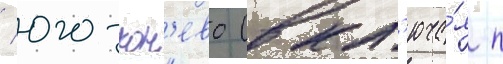
/ юго-кон'ево (вкл'юча́я п